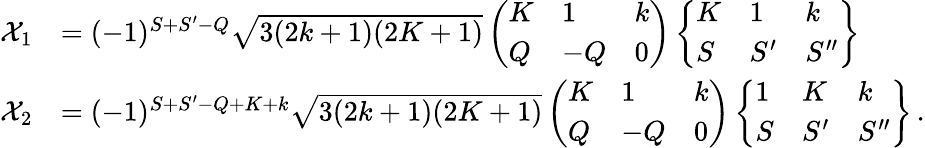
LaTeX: \begin{array}{rl}{\mathcal{X}_{1}}&{=(-1)^{S+S^{\prime}-Q}\sqrt{3(2k+1)(2K+1)}\left(\begin{array}{lll}{K}&{1}&{k}\\ {Q}&{-Q}&{0}\end{array}\right)\left\{ \begin{array}{lll}{K}&{1}&{k}\\ {S}&{S^{\prime}}&{S^{\prime\prime}}\end{array}\right\} }\\ {\mathcal{X}_{2}}&{=(-1)^{S+S^{\prime}-Q+K+k}\sqrt{3(2k+1)(2K+1)}\left(\begin{array}{lll}{K}&{1}&{k}\\ {Q}&{-Q}&{0}\end{array}\right)\left\{ \begin{array}{lll}{1}&{K}&{k}\\ {S}&{S^{\prime}}&{S^{\prime\prime}}\end{array}\right\} \, .}\end{array}